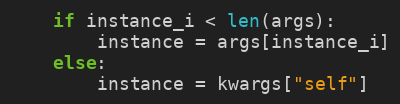
Language: Python
    if instance_i < len(args):
        instance = args[instance_i]
    else:
        instance = kwargs["self"]